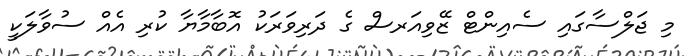
މި ޖަލްސާގައި ސެއިންޓް ޒޭވިއަރސް ގެ ދަރިވަރަކު އޮބާމާޔާ ކުރި އެއް ސުވާލަކީ